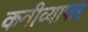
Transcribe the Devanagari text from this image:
कवीव्यापार